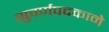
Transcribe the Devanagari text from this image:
सुवर्णपदकाने